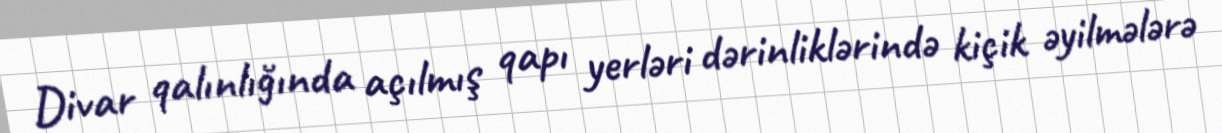
Divar qalınlığında açılmış qapı yerləri dərinliklərində kiçik əyilmələrə